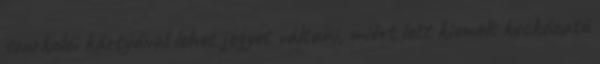
szurkolói kártyával lehet jegyet váltani, miért lett kiemelt kockázatú